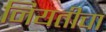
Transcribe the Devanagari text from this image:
नियतीचा